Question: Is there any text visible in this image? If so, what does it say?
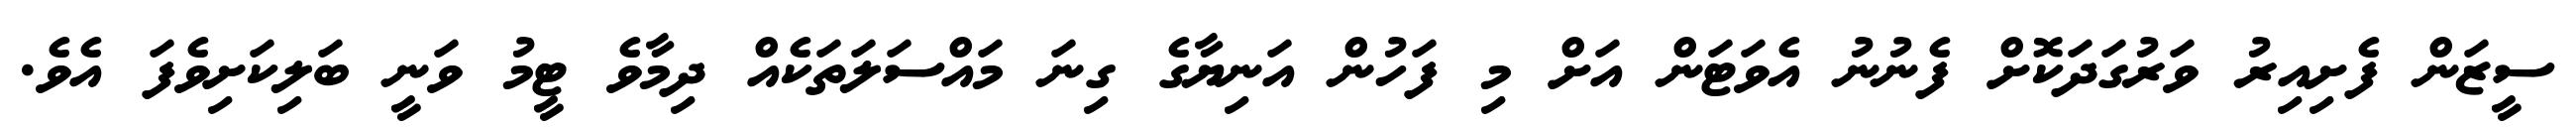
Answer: ސީޒަން ފެށިއިރު ވަރުގަދަކޮށް ފެނުނު އެވަޓަން އަށް މި ފަހުން އަނިޔާގެ ގިނަ މައްސަލަތަކެއް ދިމާވެ ޓީމު ވަނީ ބަލިކަށިވެފަ އެވެ.